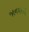
જાનવરનો